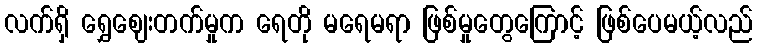
လက်ရှိ ရွှေဈေးတက်မှုက ရေတို မရေမရာ ဖြစ်မှုတွေကြောင့် ဖြစ်ပေမယ့်လည်